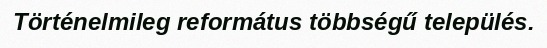
Történelmileg református többségű település.